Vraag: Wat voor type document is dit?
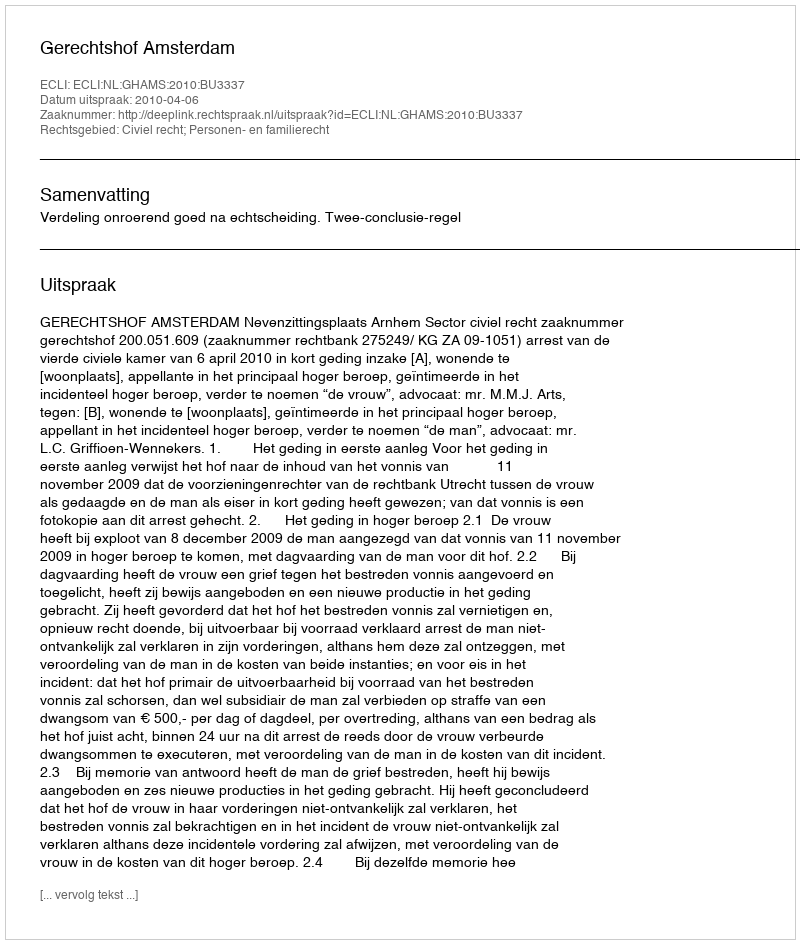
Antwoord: Uitspraak